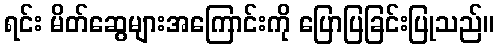
ရင်း မိတ်ဆွေများအကြောင်းကို ပြောပြခြင်းပြုသည်။